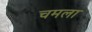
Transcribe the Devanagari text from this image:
चमला